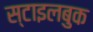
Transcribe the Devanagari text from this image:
स्टाइलबुक